Lunatic asylums in Bengal annual reports 1888-1898 - 1888-1898
Year: 1888
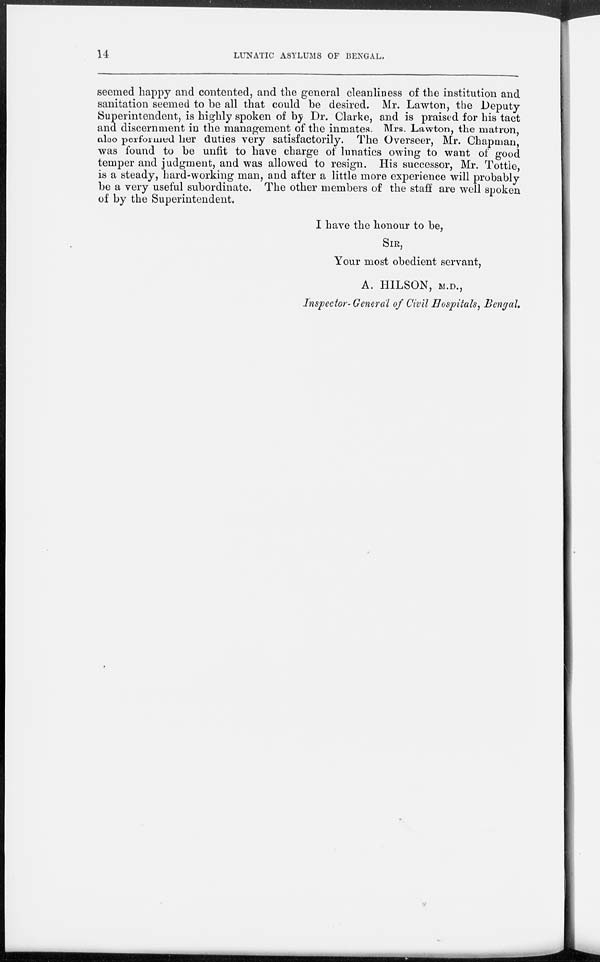
14
LUNATIC ASYLUMS OF BENGAL.
seemed happy and contented, and the general cleanliness of the institution and
sanitation seemed to be all that could be desired. Mr. Lawton, the Deputy-
Superintendent, is highly spoken of by Dr. Clarke, and is praised for his tact
and discernment in the management of the inmates. Mrs. Lawton, the matron,
also performed her duties very satisfactorily. The Overseer, Mr. Chapman,
was found to be unfit to have charge of lunatics owing to want of good
temper and judgment, and was allowed to resign. His successor, Mr. Tottle,
is a steady, hard-working man, and after a little more experience will probably
be a very useful subordinate. The other members of the staff are well spoken
of by the Superintendent.
I have the honour to be,
SIR,
Your most obedient servant,
A. HILSON, M.D.,
Inspector-General of Civil Hospitals, Bengal.